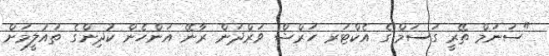
"ސަނަމް ތޭރީ ގަސަމް"ގެ އެކްޓަރ ހަރްޝް ވަރްދަން ރާނޭ އަންހެން ކުދިންގެ ތައުލީމަށް